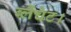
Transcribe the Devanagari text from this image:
ब्लैंचेट।